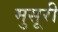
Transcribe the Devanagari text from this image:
मुसूरी